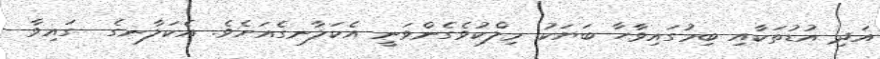
އަދި އުޑުތަކާއި ބިމުގައިވާހާ ބަޔަކު މިލްކުވެގެންވަނީ އެކަލާނގެއަށެވެ. އެކަލާނގެ  ގައިވާ